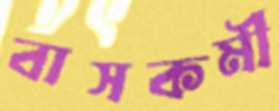
বাসকর্মী